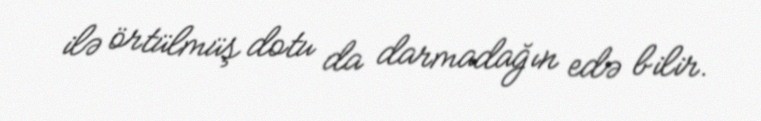
ilə örtülmüş dotu da darmadağın edə bilir.